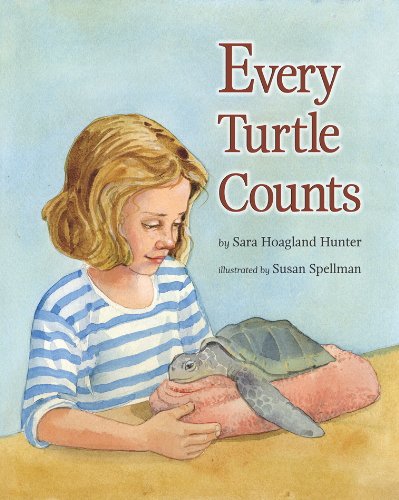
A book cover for Every Turtle Counts; Sara Hoagland Hunter; Children's Books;